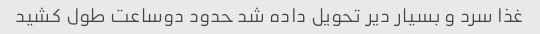
غذا سرد و بسیار دیر تحویل داده شد حدود دوساعت طول کشید